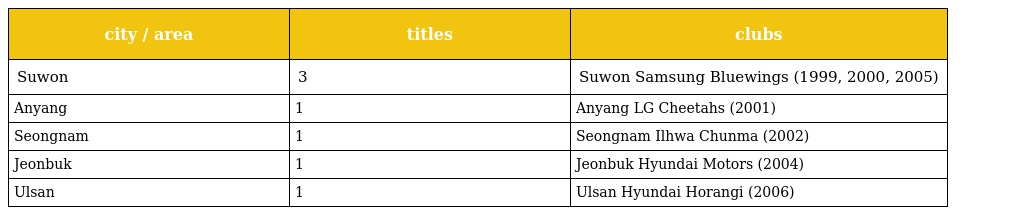
| city / area | titles | clubs |
 | --- | --- | --- |
 | Suwon | 3 | Suwon Samsung Bluewings (1999, 2000, 2005) |
 | Anyang | 1 | Anyang LG Cheetahs (2001) |
 | Seongnam | 1 | Seongnam Ilhwa Chunma (2002) |
 | Jeonbuk | 1 | Jeonbuk Hyundai Motors (2004) |
 | Ulsan | 1 | Ulsan Hyundai Horangi (2006) |